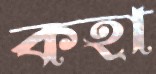
কহা